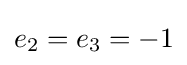
e_{2}=e_{3}=-1